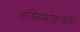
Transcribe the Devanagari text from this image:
तस्मिन्मोहःकथं